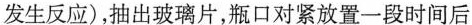
发生反应)，抽出玻璃片，瓶口对紧放置一段时间后